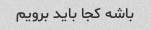
باشه کجا باید برویم